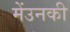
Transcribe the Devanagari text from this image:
मेंउनकी